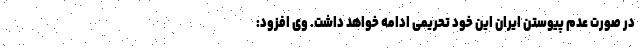
در صورت عدم پیوستن ایران این خود تحریمی ادامه خواهد داشت. وی افزود: